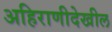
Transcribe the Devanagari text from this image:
अहिराणीदेखील